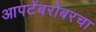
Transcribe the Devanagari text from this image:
आपटेंबरोबरचा